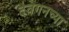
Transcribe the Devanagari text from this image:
देवगनच्या